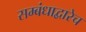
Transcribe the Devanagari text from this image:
सम्बंधाद्वारेच